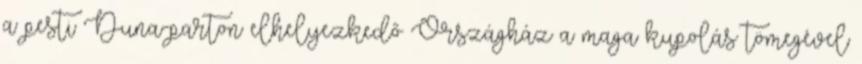
a pesti Duna-parton elhelyezkedő Országház a maga kupolás tömegével